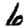
Digit: 6